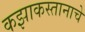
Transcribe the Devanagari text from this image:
कझाकस्तानाचे